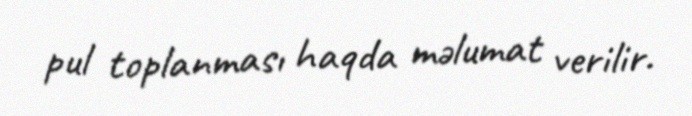
pul toplanması haqda məlumat verilir.